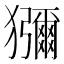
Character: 獼